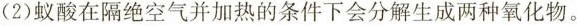
(2)蚁酸在隔绝空气并加热的条件下会分解生成两种氧化物。